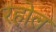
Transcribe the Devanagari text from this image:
रहोल